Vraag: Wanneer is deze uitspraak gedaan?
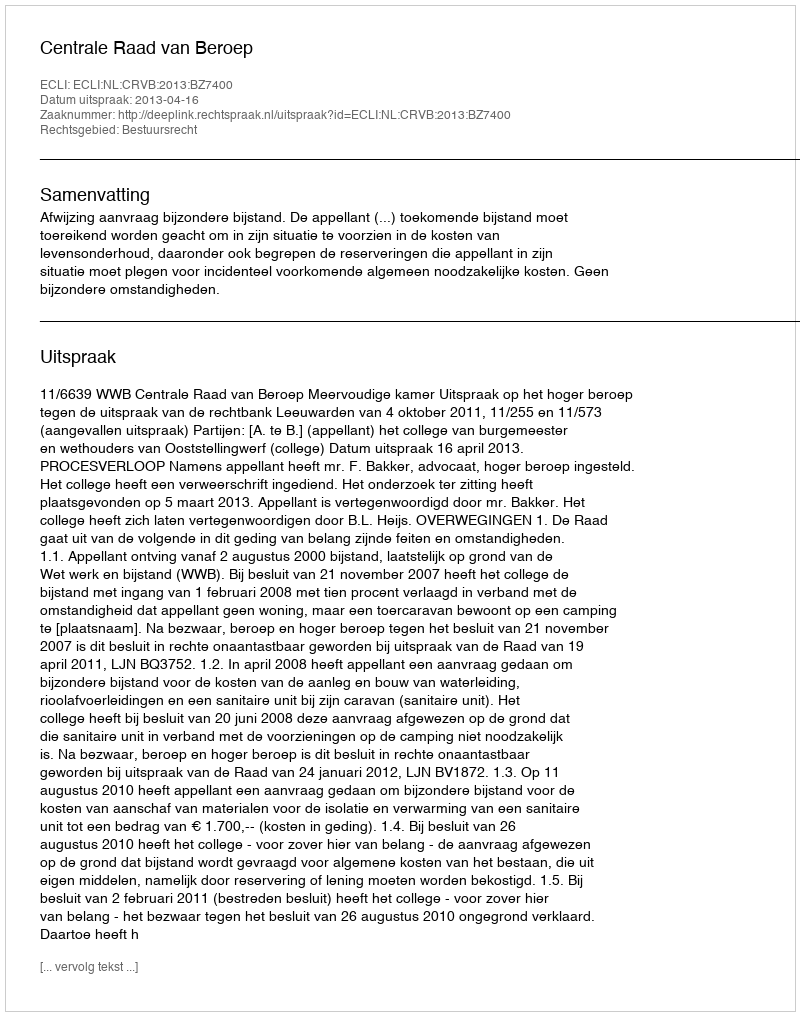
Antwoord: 2013-04-16